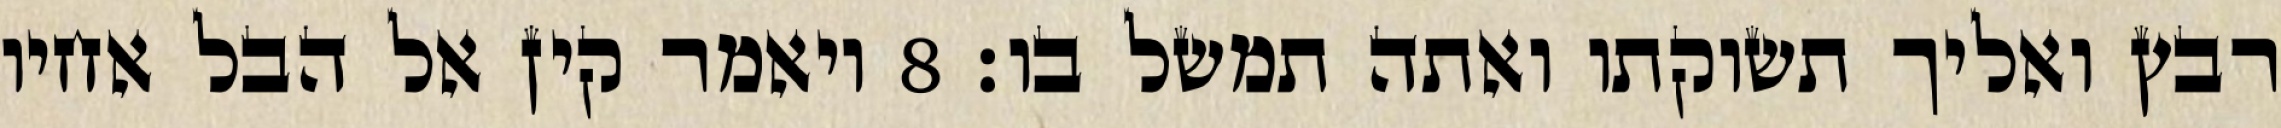
רבץ ואליך תשוקתו ואתה תמשל בו׃ ‎8‏ ויאמר קין אל הבל אחיו